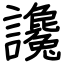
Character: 讒